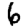
Digit: 6